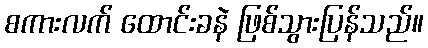
စကားလက် ထောင်းခနဲ ဖြစ်သွားပြန်သည်။